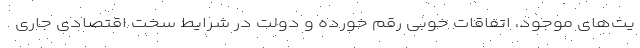
یت‌های موجود، اتفاقات خوبی رقم خورده و دولت در شرایط سخت اقتصادی جاری